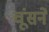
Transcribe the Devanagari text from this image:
चूंसने